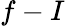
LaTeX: f-I